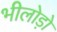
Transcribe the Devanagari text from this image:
भीलोड़ो